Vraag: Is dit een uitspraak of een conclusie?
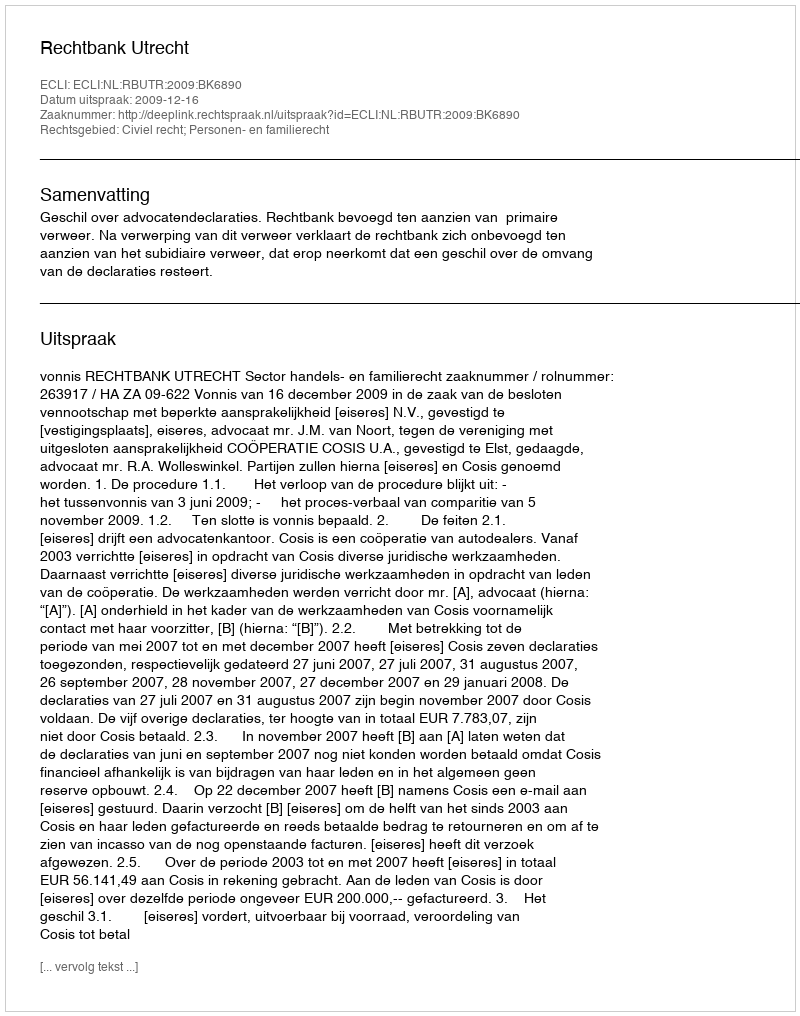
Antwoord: Uitspraak